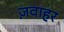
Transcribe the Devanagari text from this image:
ज़वाहर